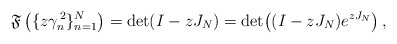
\begin{align*} \mathfrak{F}\left(\{z\gamma_{n}^{\,2}\}_{n=1}^{N}\right) =\det(I-zJ_{N})=\det\!\left((I-zJ_{N})e^{zJ_{N}}\right), \end{align*}